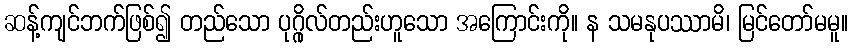
ဆန့်ကျင်ဘက်ဖြစ်၍ တည်သော ပုဂ္ဂိုလ်တည်းဟူသော အကြောင်းကို။ န သမနုပဿာမိ၊ မြင်တော်မမူ။